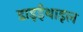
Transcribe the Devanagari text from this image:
डाइईथाइल